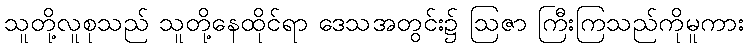
သူတို့လူစုသည် သူတို့နေထိုင်ရာ ဒေသအတွင်း၌ ဩဇာ ကြီးကြသည်ကိုမူကား